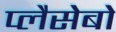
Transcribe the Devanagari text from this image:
प्लैसेबो